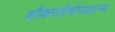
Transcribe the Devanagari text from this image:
शौकरतीर्थमाहात्म्य